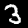
Label: 3